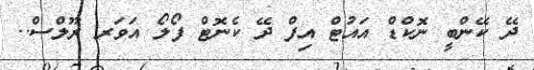
ދޭ ކޭންބީ ނޮކްޑް އައުޓް އިފް ދޭ ކެނޮޓް ފޯލޯ އަވަރ ރޫލްސް..